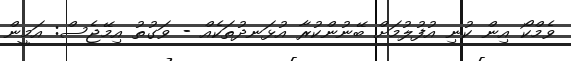
ވެމްކޯ އިން ކުނި އުފުލުމަށް ބޭނުންކުރާ އުޅަނދުތަކެއް - ވަގުތު އިމޭޖެސް: އަމީން